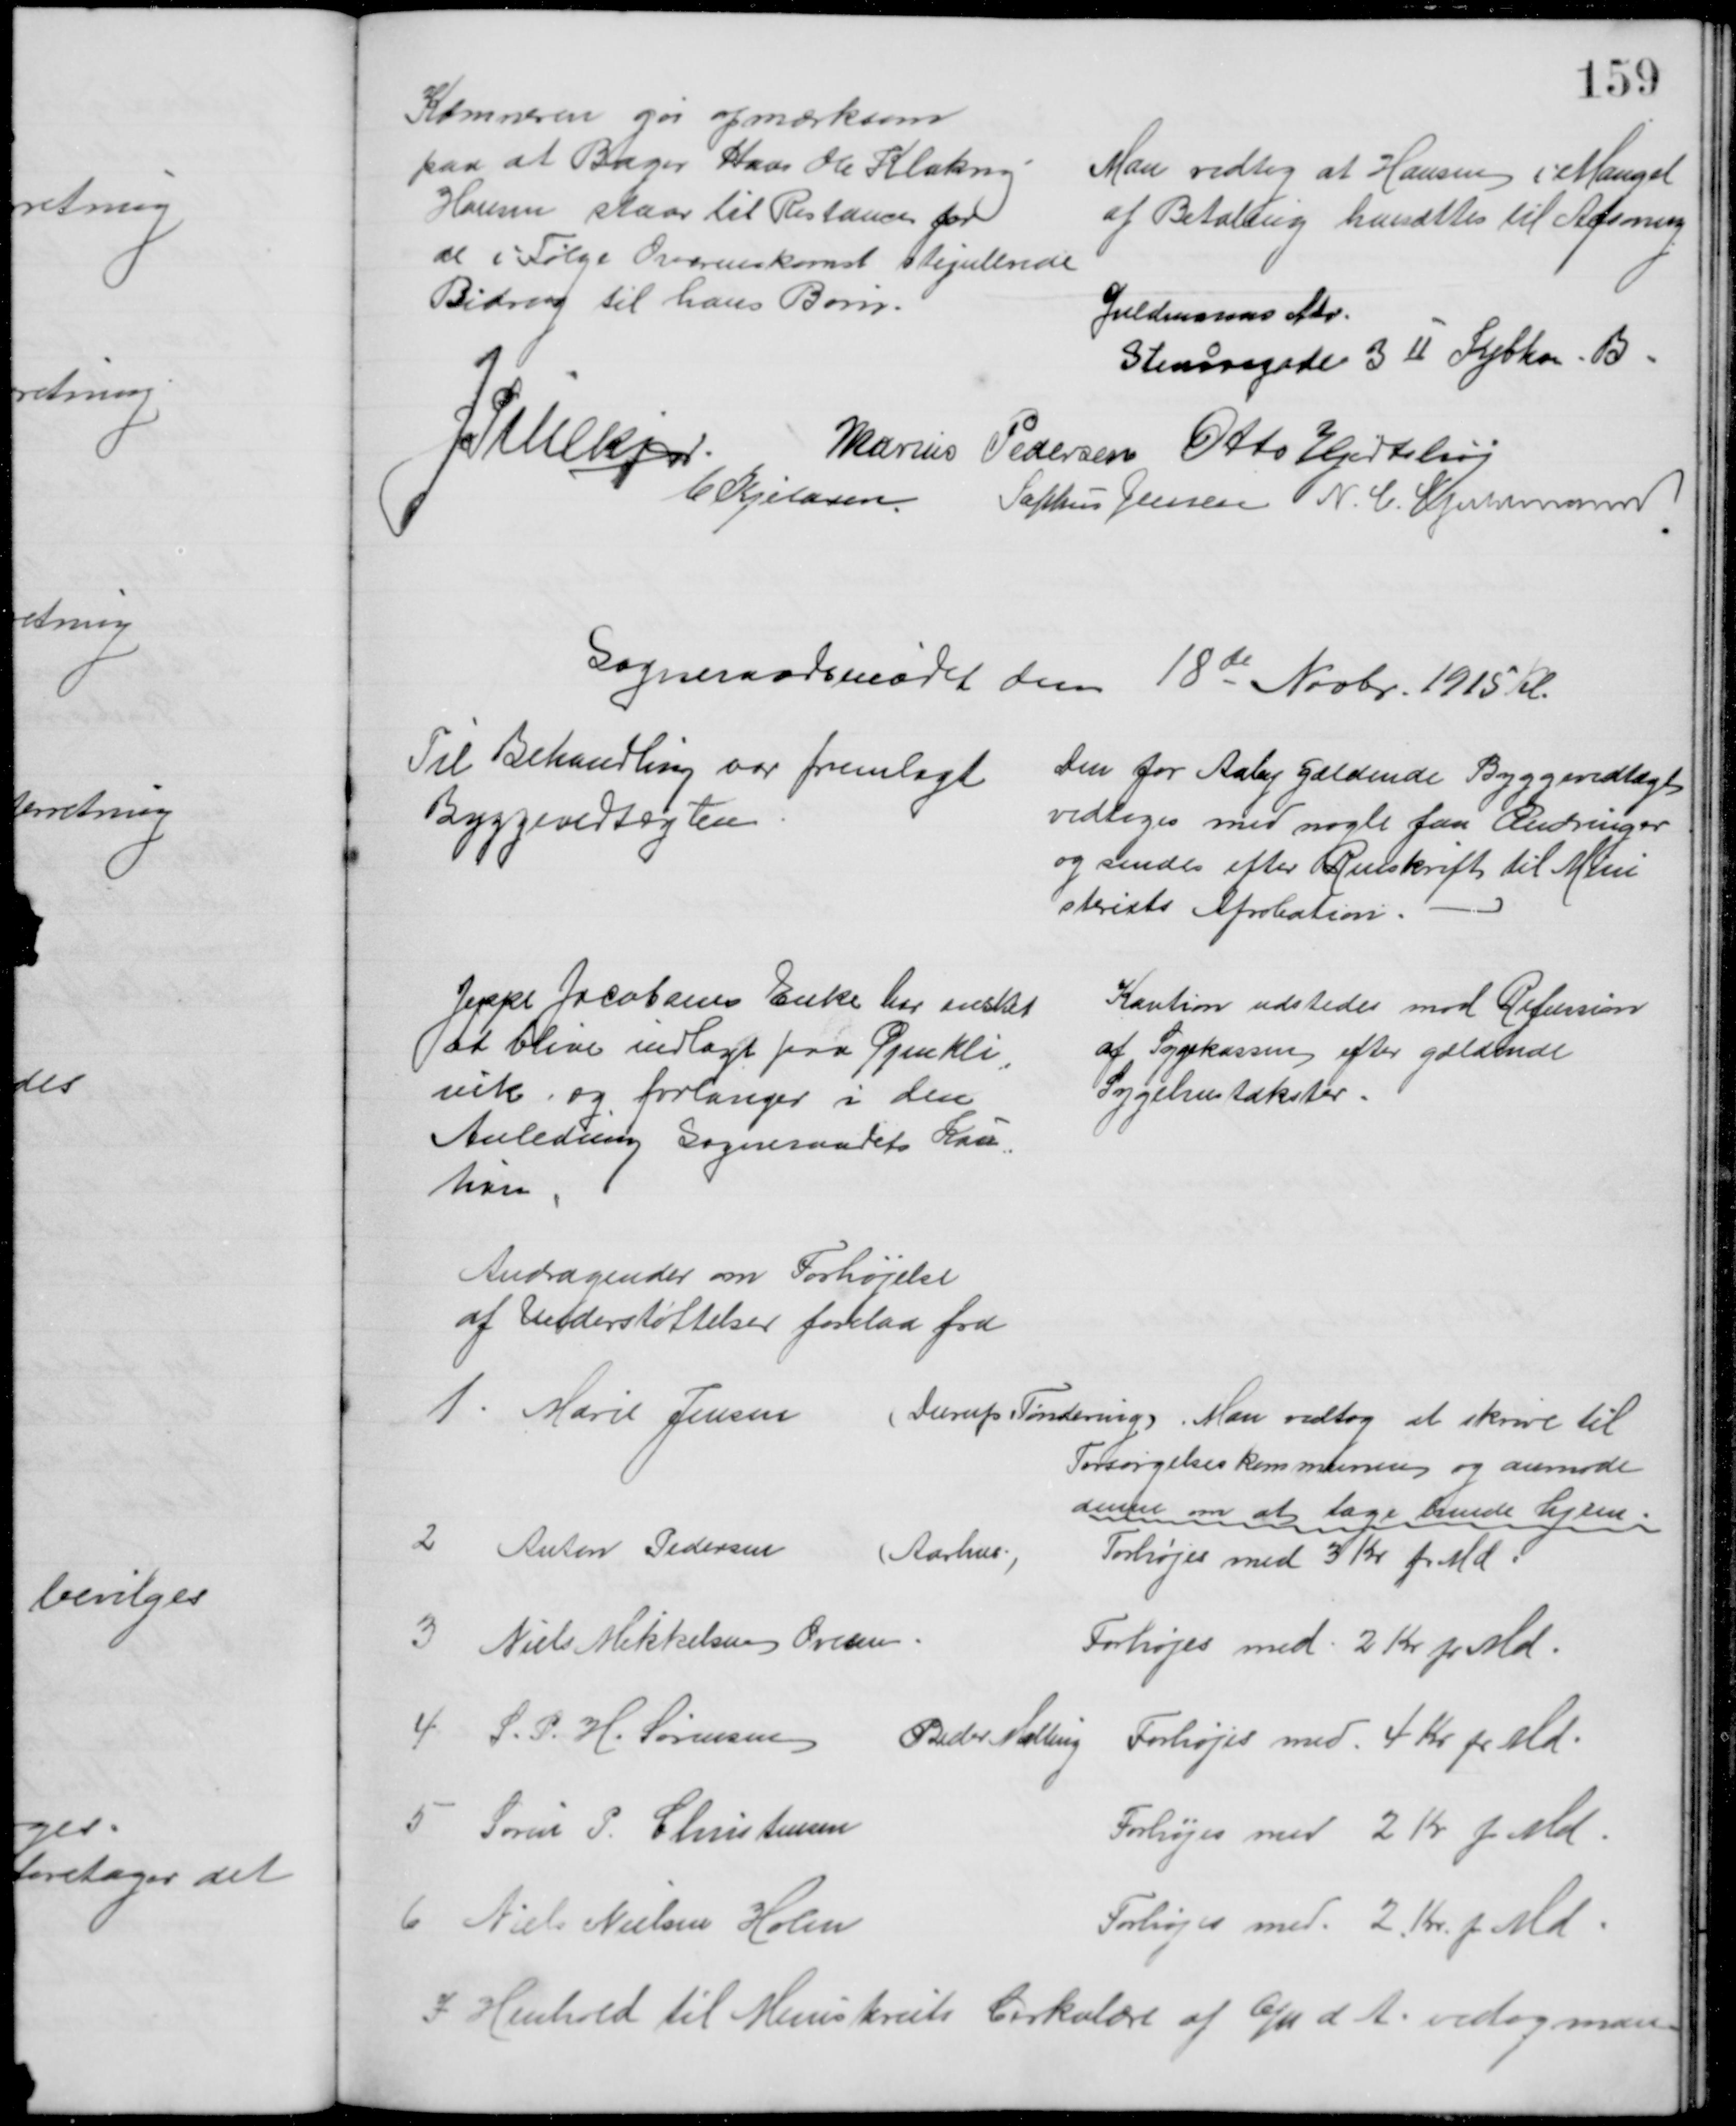
Transskription:
Kæmneren gør opmærksom
paa at Bager Hans Ole Klakring
Hansen staar til Restance for
de i Følge Overenskomst stipulerede
Bidrag til hans Børn.
Man vedtog at Hansen i Mangel
af Betaling hensættes til Afsoning
Guldmanns Adr.
Stenaa
o
sgade 3II Kjbhv. B.
J Pihlkjær.
Marius Pedersen Otto Hjortshøj
C Kjeldsen
Sophus Jensen N. C. Guldmann
Sogneraadsmødet den 18de Novbr. 1915 Kl.
Til Behandling var fremlagt
Byggevedtægten
Den for Aaby gældende Byggevedtægt
vedtoges med nogle faa Ændringer
og sendes efter Renskrift til Mini
steriets Aprobation.
Jeppe Jacobsens Enke har ønsket
at blive indlagt paa Øjenkli
=
nik, og forlanger i den
Anledning Sogneraadets Kau=
tion
Kaution udstedes mod Refusion
af Sygekassen efter gældende
Sygehustakster.
Andragender om Forhøjelse
af Understøttelser forelaa fra
1. Marie Jensen
(Durup Tønderin). Man vedtog at skrive til
Forsørgelseskommunen og anmode
denne om at tage hende hjem.
2 Anton Pedersen 
(Aarhus)
Forhøjes med 3 Kr pr Md.
3 Niels Mikkelsen Ovesen
Forhøjes med 2 Kr pr Md.
4 S. P. H. Sørensen 
Beder Malling
Forhøjes med 4 Kr pr Md.
5 Søren P. Christensen
Forhøjes med 2 Kr pr Md.
6 Niels Nielsen Holm
Forhøjes med 2 Kr pr Md.
I Henhold til Ministeriets Cirkulære af 6/11 d. A. vedtog man